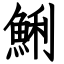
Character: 鯏